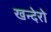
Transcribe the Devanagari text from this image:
खन्देरो